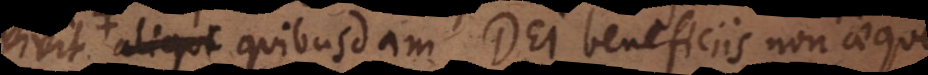
est quibusdam Dei beneficiis non aeque